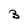
Character: 3